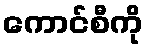
ကောင်စီကို